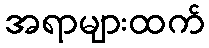
အရာများထက်